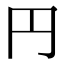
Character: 円